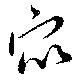
衆